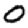
Digit: 0